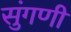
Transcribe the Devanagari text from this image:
सुंगणी